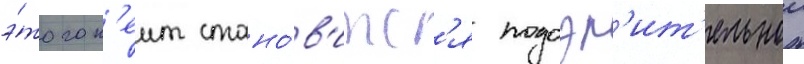
э́того к'еит стано́в'итс'я подозр'ит'ельнои